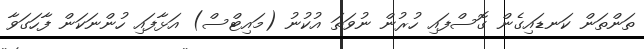
ތަންތަން ކަނޑައިގެން ގޮސްފައި ހުރުން ނުވަތަ އުކުނު (މައިޓްސް) އަޅާފައި ހުންނަކަން ފާހަގަވާ